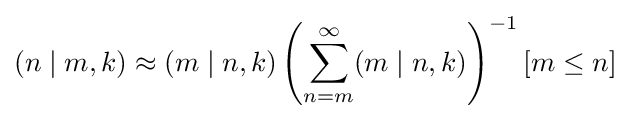
(n\mid m,k)\approx (m\mid n,k)\left(\sum _{n=m}^{\infty }(m\mid n,k)\right)^{-1}[m\leq n]